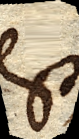
est,